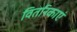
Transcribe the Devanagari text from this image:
वितरिकाएं